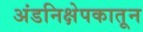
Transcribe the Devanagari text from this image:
अंडनिक्षेपकातून